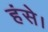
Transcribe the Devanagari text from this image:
हंसे।